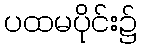
ပထမပိုင်း၌